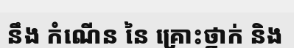
នឹង កំណើន នៃ គ្រោះថ្នាក់ និង